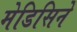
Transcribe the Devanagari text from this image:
मेडिसिने